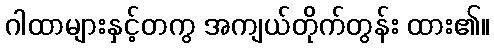
ဂါထာများနှင့်တကွ အကျယ်တိုက်တွန်း ထား၏။